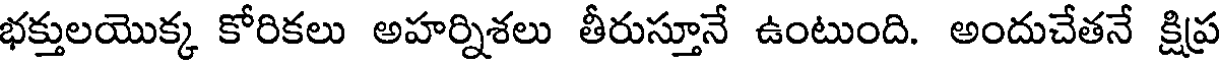
భక్తులయొక్క కోరికలు అహర్నిశలు తీరుస్తూనే ఉంటుంది. అందుచేతనే క్షిప్ర